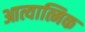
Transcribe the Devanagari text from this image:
आत्यात्मिक